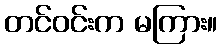
တင်ဝင်းက မကြား။